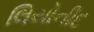
લિયોનીદ